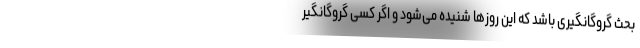
بحث گروگانگیری باشد که این روزها شنیده می‌شود و اگر کسی گروگانگیر